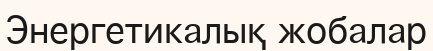
Энергетикалық жобалар